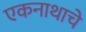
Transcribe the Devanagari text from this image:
एकनाथाचे